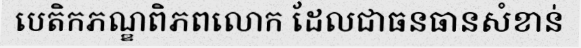
បេតិកភណ្ឌពិភពលោក ដែលជាធនធានសំខាន់